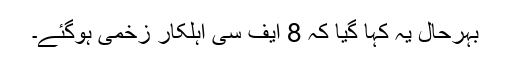
بہرحال یہ کہا گیا کہ 8 ایف سی اہلکار زخمی ہوگئے۔